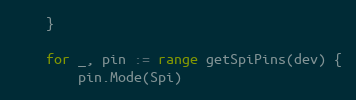
Language: Go
	}

	for _, pin := range getSpiPins(dev) {
		pin.Mode(Spi)